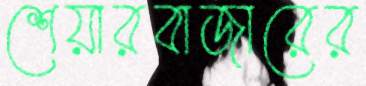
শেয়ারবাজারের